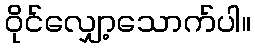
ဝိုင်လျှော့သောက်ပါ။